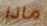
ماذا